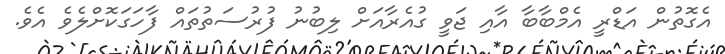
އެގޮތުން އަޑްރީ އެމްބާބާ އާއި ޖަވީ ގުއެރާއަށް ލިބުނު ފުރުސަތުތައް ފާހަގަކޮށްލެވެ އެވެ.